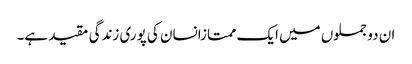
ان دو جملوں میں ایک ممتازانسان کی پوری زندگی مقید ہے۔